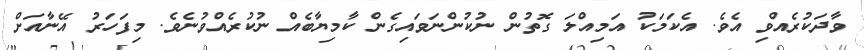
ވާދަކުރެއްވި އެވެ. އެކަމަކު އަމިއްލަ ގޮތުން ނުކުންނަވައިގެން ކާމިޔާބެއް ނުކުރެއްވުނެވެ. މިފަހަރު އޭނާއަށް